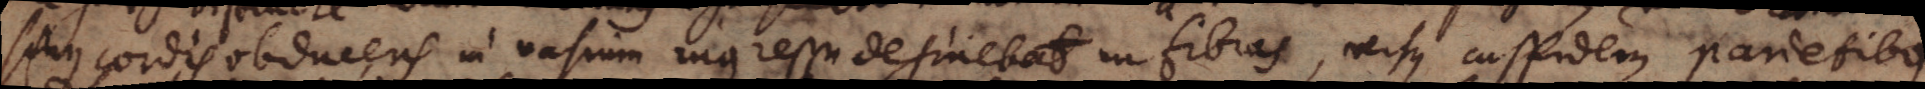
sinus cordis obducens in vasium ingressu desinebat in fibras, versus cuspidem parietibus